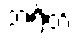
ဘရိတ်